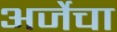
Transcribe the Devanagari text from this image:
अर्जेचा